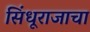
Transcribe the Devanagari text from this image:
सिंधूराजाचा